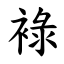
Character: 䘵